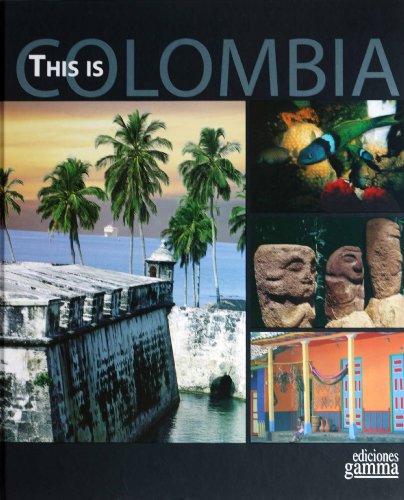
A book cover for This is Colombia; Ediciones Gamma s.a; Travel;